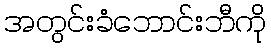
အတွင်းခံဘောင်းဘီကို